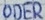
Text: ODER